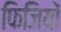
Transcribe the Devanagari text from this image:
फिजियों